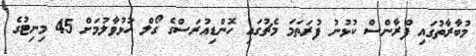
މުބާރާތުގައި ފްރާންސް ކުޅުނު ފުރަތަމަ މެޗުގައި ހޮންޑިއުރަސްގެ ގޯލް ހުޅުވާލުމަށް 45 މިނިޓުގެ